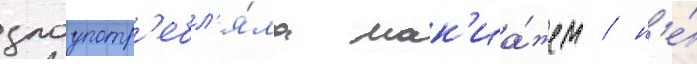
злоупотр'ебл'я́ла мак'иа́жем / н'е́